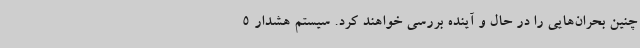
چنین بحران‌هایی را در حال و آینده بررسی خواهند کرد. سیستم هشدار 5